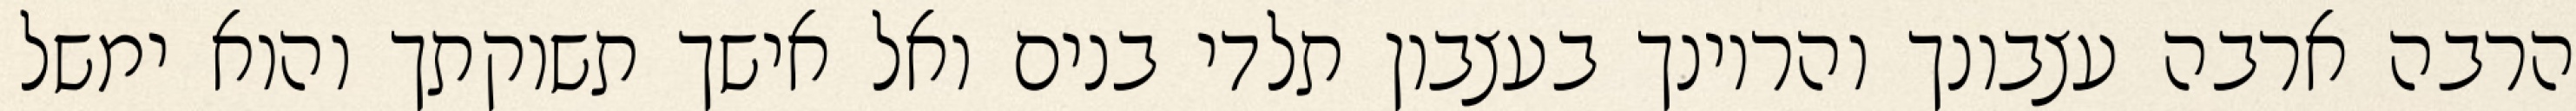
הרבה ארבה עצבונך והריונך בעצבון תלדי בנים ואל אישך תשוקתך והוא ימשל